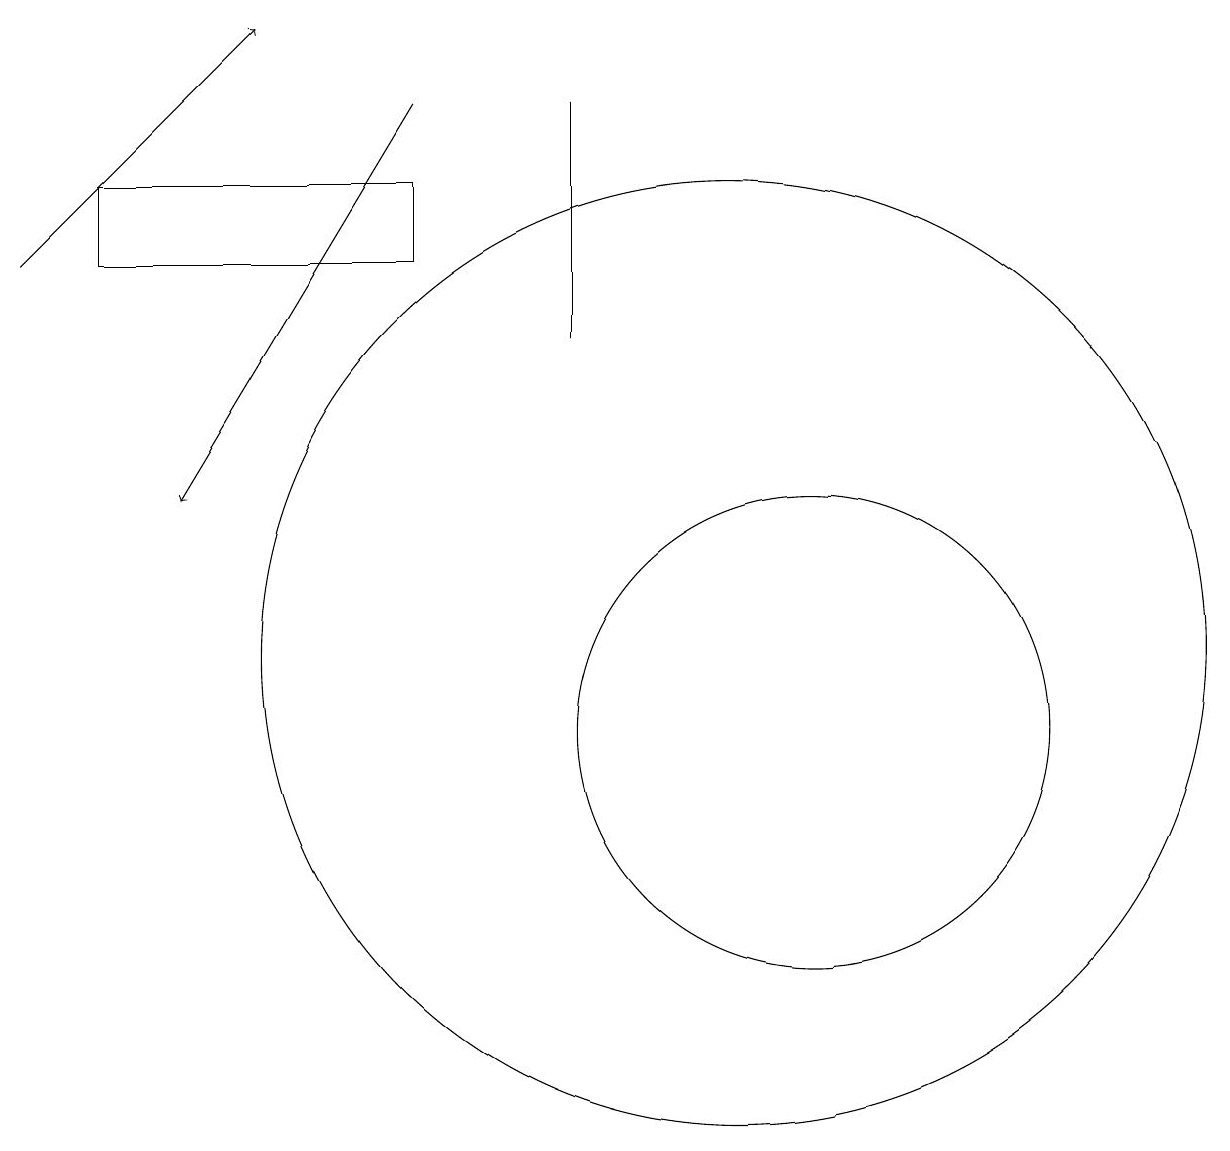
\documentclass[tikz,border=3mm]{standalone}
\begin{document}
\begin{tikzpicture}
\draw (9,15) rectangle (9,18);
\draw (12,10) circle (3);
\draw (11,11) circle (6);
\draw[->] (7,18) -- (4,13);
\draw (7,16) rectangle (3,17);
\draw[->] (2,16) -- (5,19);
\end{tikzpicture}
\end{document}